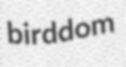
birddom